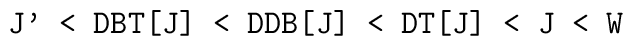
\mbox{{\tt J' < DBT[J] < DDB[J] < DT[J] < J < W}}